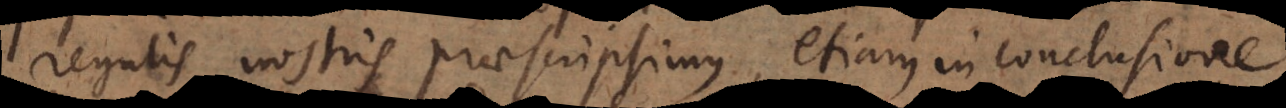
regulis nostris praescripsimus, etiam in conclusione